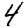
Digit: 4